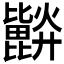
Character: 𣬗